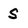
Character: S